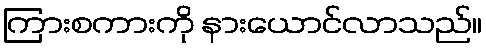
ကြားစကားကို နားယောင်လာသည်။